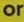
or